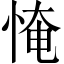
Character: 㤿